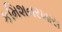
કમિશનરખાસ